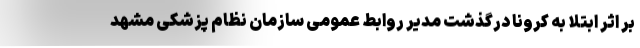
بر اثر ابتلا به کرونا درگذشت مدیر روابط عمومی سازمان نظام پزشکی مشهد